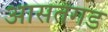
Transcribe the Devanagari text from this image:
आसतगड